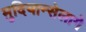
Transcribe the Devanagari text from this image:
मुदियान्सेलागे